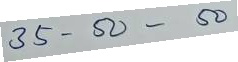
35 = 50 - 50